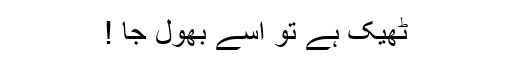
ٹھیک ہے تو اسے بھول جا !